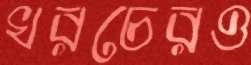
খরচেরও